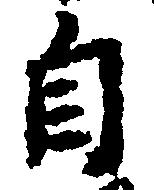
自